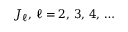
J _ { \ell } , \, \ell = 2 , \, 3 , \, 4 , \, \ldots